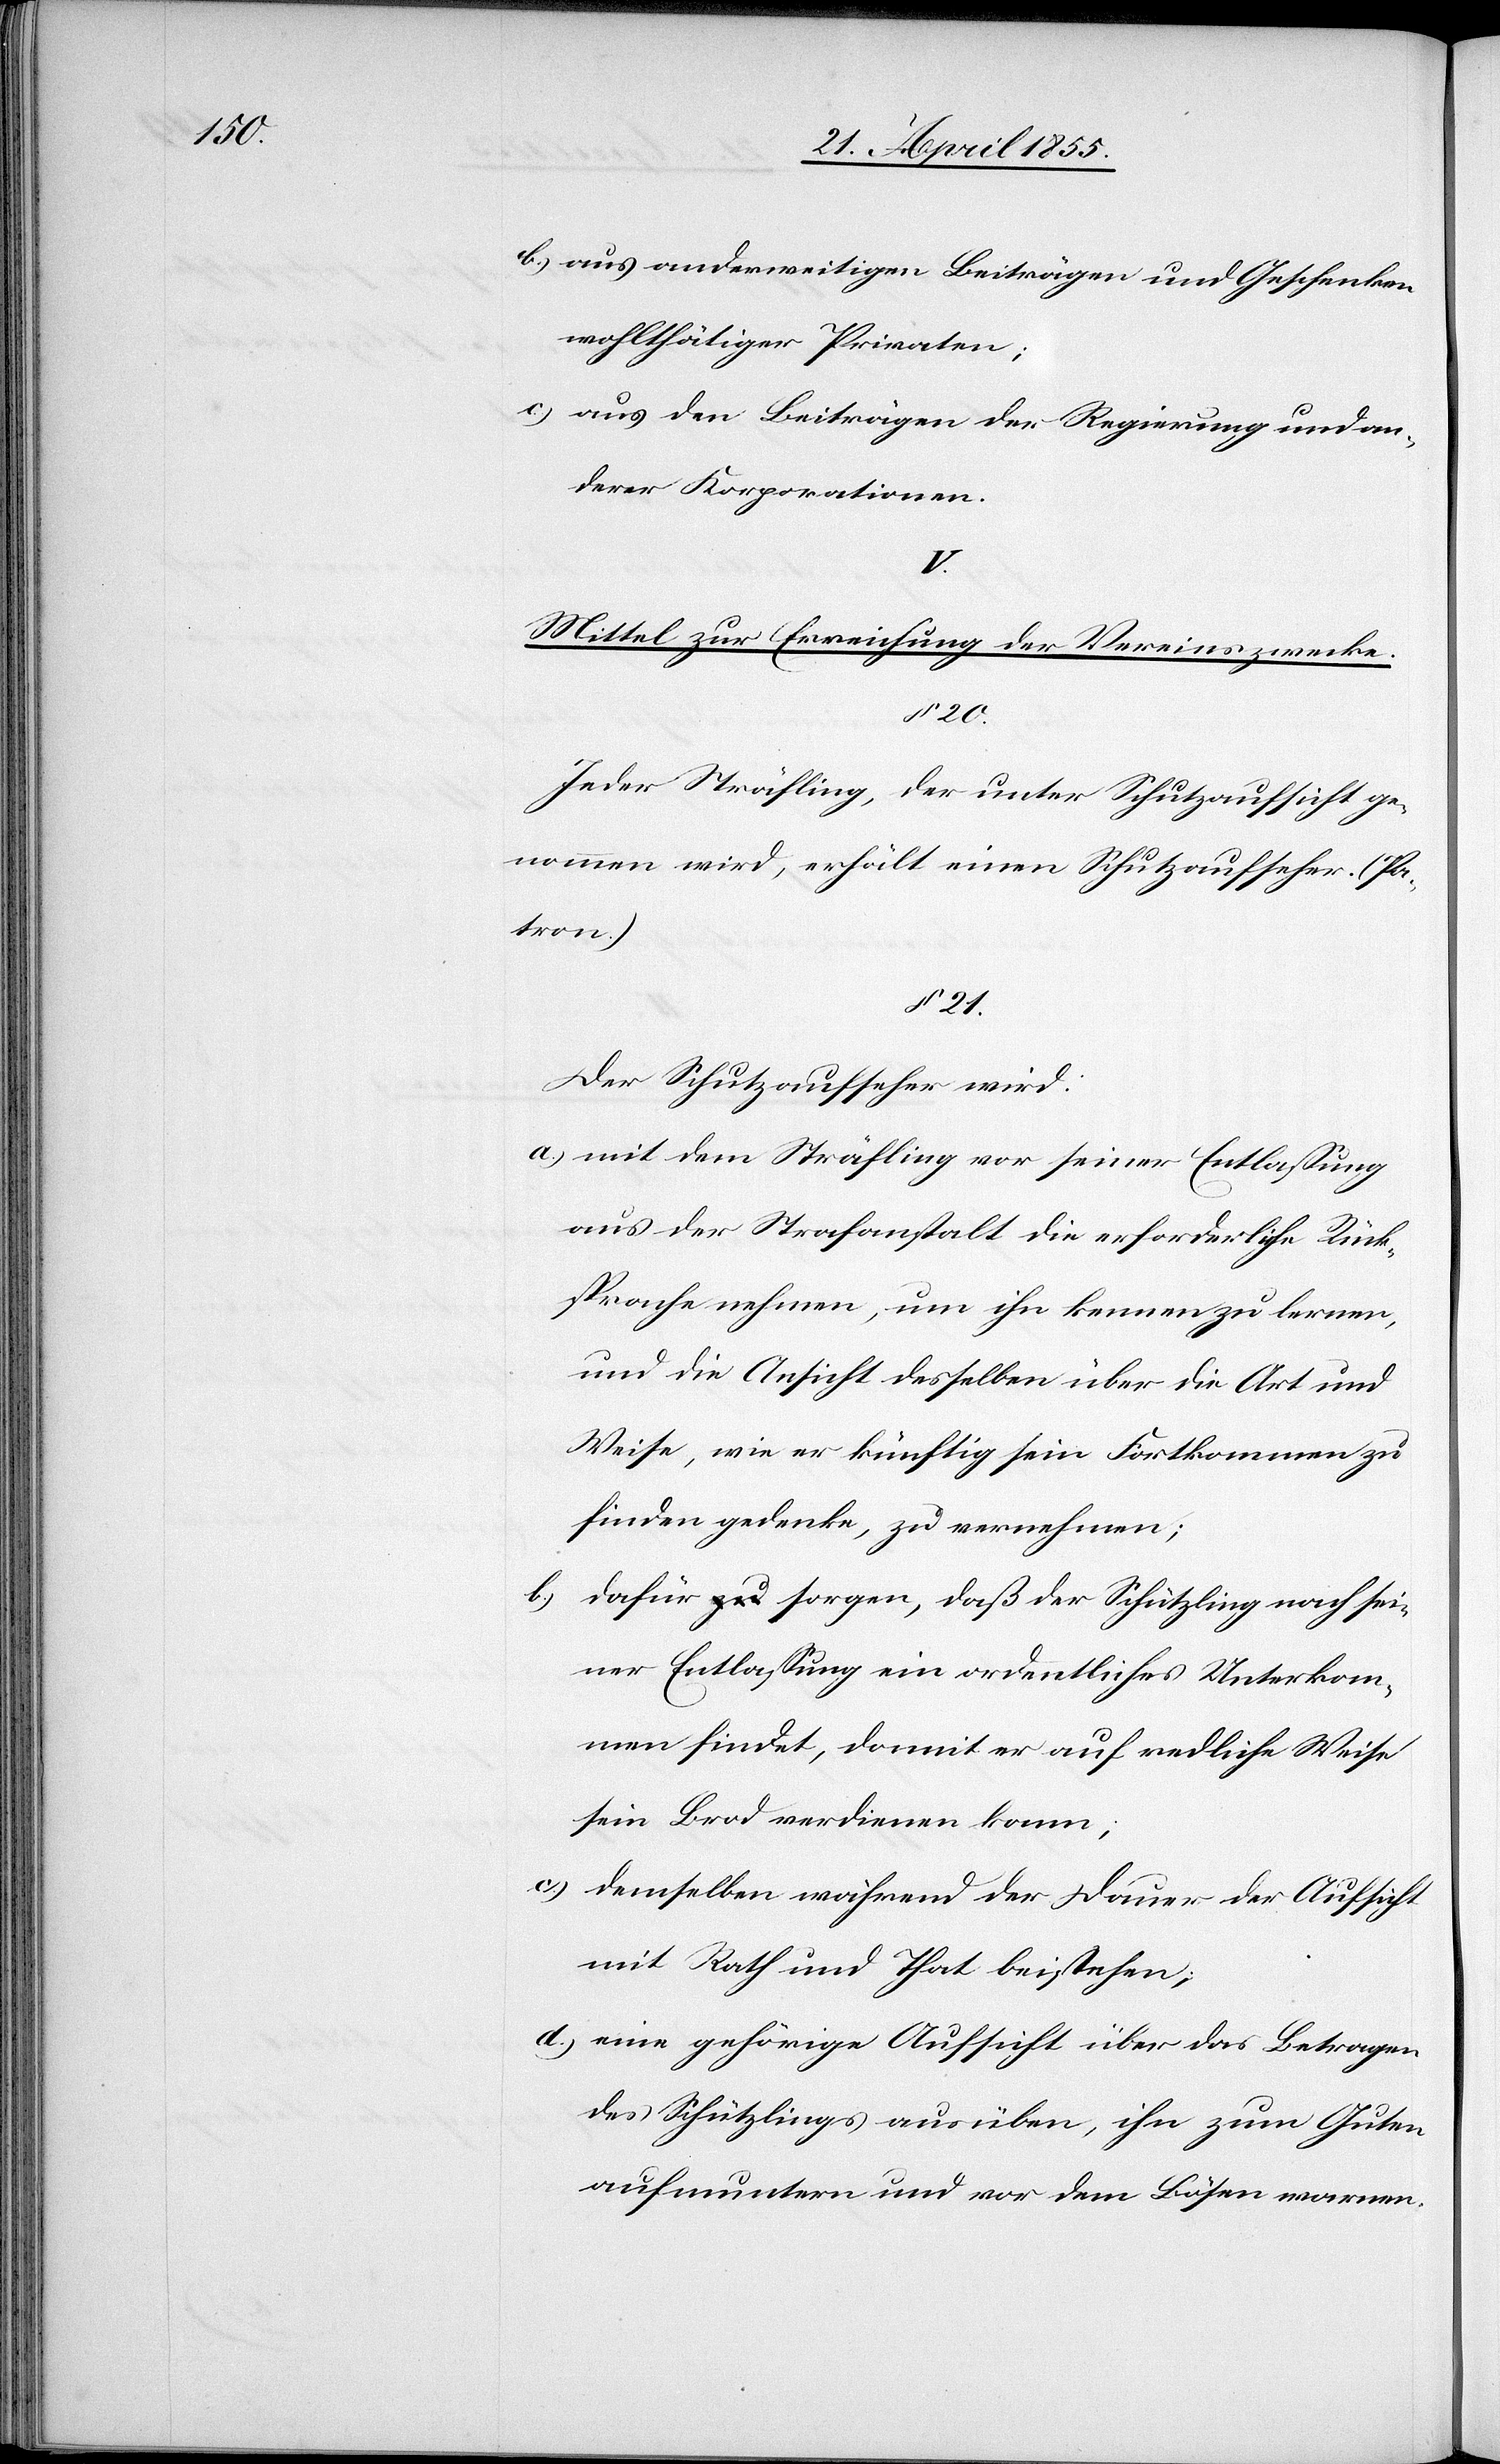
aus anderweitigen Beiträgen und Geschenken
wohlthätiger Privaten;
aus den Beiträgen der Regierung und an¬
derer Korporationen.
V.
Mittel zur Erreichung der Vereinszwecke.
§ 20.
Jeder Sträfling, der unter Schutzaufsicht ge¬
nommen wird, erhält einen Schutzaufseher. (Pa¬
tron.)
§ 21.
Der Schutzaufseher wird:
mit dem Sträfling vor seiner Entlassung
aus der Strafanstalt die erforderliche Rück¬
sprache nehmen, um ihn kennen zu lernen,
und die Ansicht desselben über die Art und
Weise, wie er künftig sein Fortkommen zu
finden gedenke, zu vernehmen;
dafür a-zu-a sorgen, daß der Schützling nach sei¬
ner Entlassung ein ordentliches Unterkom¬
men findet, damit er auf redliche Weise
sein Brod verdienen kann;
demselben während der Dauer der Aufsicht
mit Rath und That beistehen;
eine gehörige Aufsicht über das Betragen
des Schützlings ausüben, ihn zum Guten
aufmuntern und vor dem Bösen warnen.